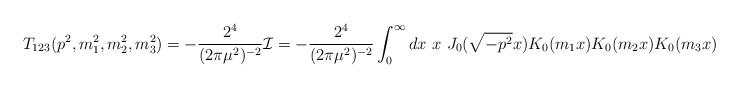
LaTeX: \begin{align*}T_{123}(p^2,m_1^2,m_2^2,m_3^2) = - \frac{2^4}{(2 \pi \mu^2)^{-2}} \mathcal{I} = - \frac{2^4}{(2 \pi \mu^2)^{-2}} \int_0^\infty dx~x~ J_0( \sqrt{- p^2} x) K_0(m_1 x) K_0(m_2 x) K_0(m_3 x)\end{align*}